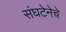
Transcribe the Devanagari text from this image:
संघटेनेचे